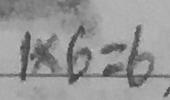
1 \times 6 = 6